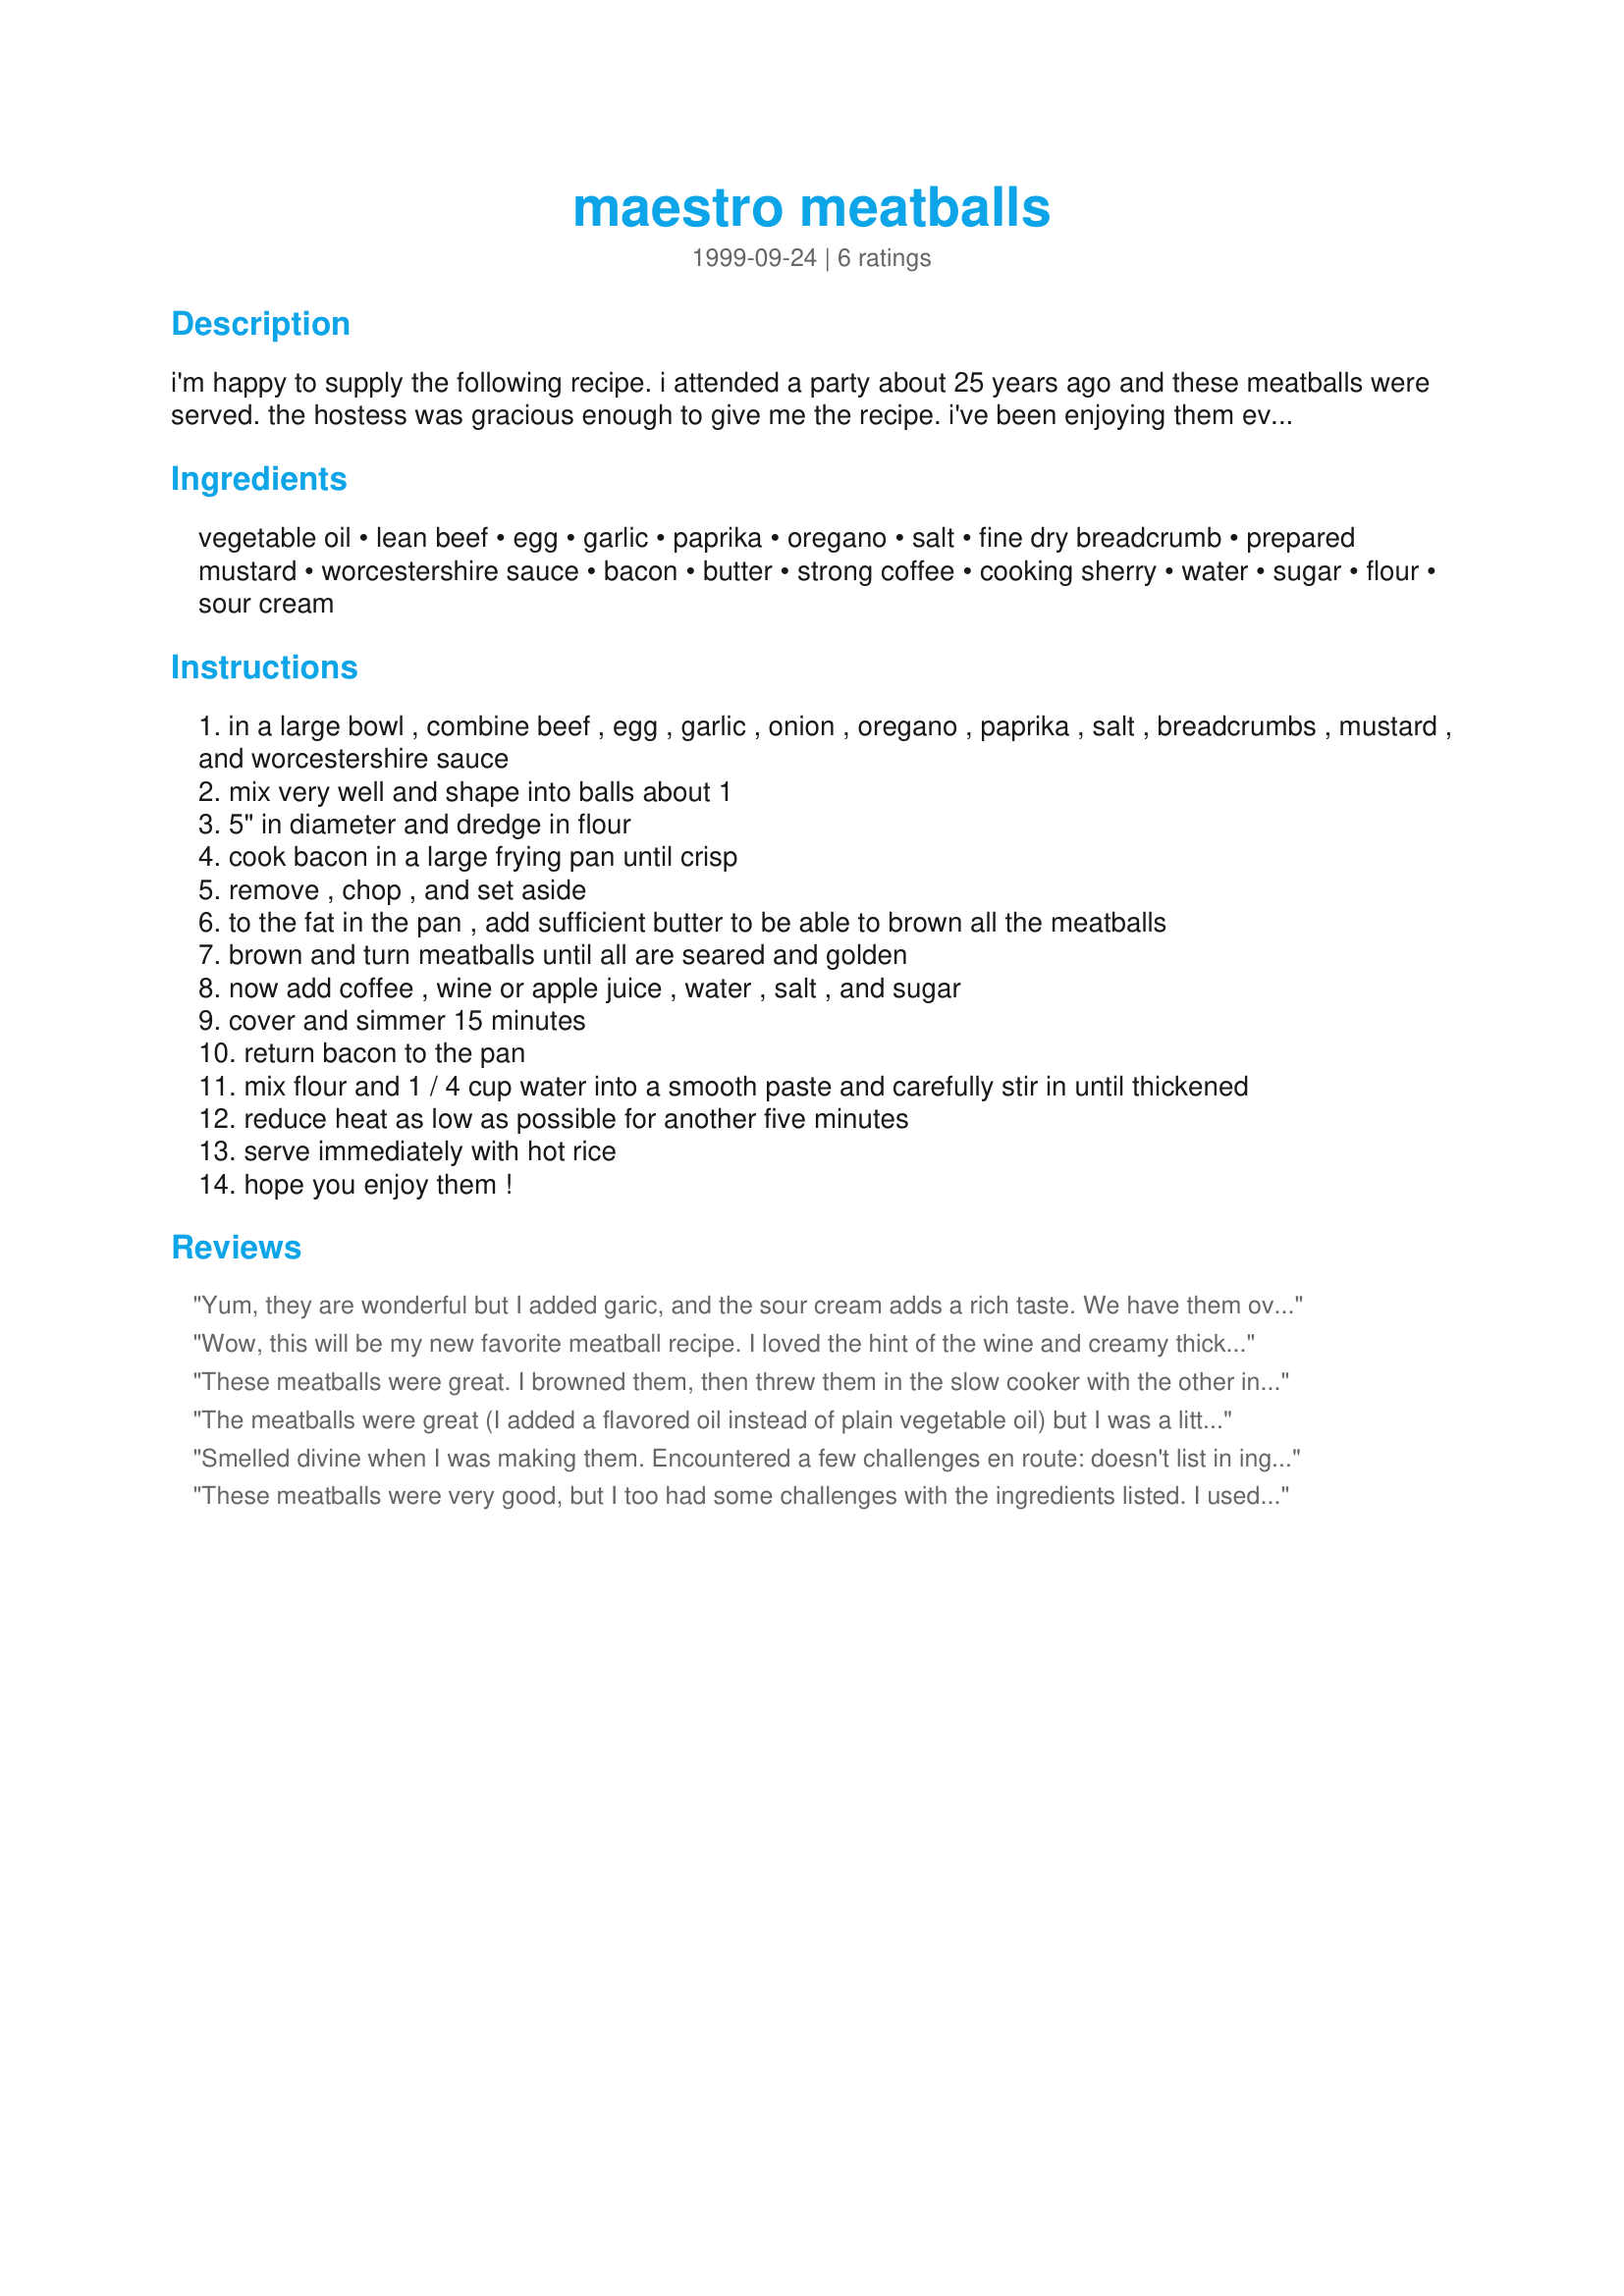
maestro meatballs
Preparation time: 0 minutes

i'm happy to supply the following recipe. i attended a party about 25 years ago and these meatballs were served. the hostess was gracious enough to give me the recipe. i've been enjoying them ever since. maestro meatballs make the heart sing

Ingredients:
vegetable oil, lean beef, egg, garlic, paprika, oregano, salt, fine dry breadcrumb, prepared mustard, worcestershire sauce, bacon, butter, strong coffee, cooking sherry, water, sugar, flour, sour cream

Steps:
in a large bowl , combine beef , egg , garlic , onion , oregano , paprika , salt , breadcrumbs , mustard , and worcestershire sauce
mix very well and shape into balls about 1
5" in diameter and dredge in flour
cook bacon in a large frying pan until crisp
remove , chop , and set aside
to the fat in the pan , add sufficient butter to be able to brown all the meatballs
brown and turn meatballs until all are seared and golden
now add coffee , wine or apple juice , water , salt , and sugar
cover and simmer 15 minutes
return bacon to the pan
mix flour and 1 / 4 cup water into a smooth paste and carefully stir in until thickened
reduce heat as low as possible for another five minutes
serve immediately with hot rice
hope you enjoy them !

Reviews:
Yum, they are wonderful but I added garic, and the sour cream adds a rich taste. We have them over noddles. Very EZ to make. Thanks
Wow, this will be my new favorite meatball recipe. I loved the hint of the wine and creamy thick gravy. Thanks so much for posting it. I took it to work for a potluck and everyone enjoyed them.
These meatballs were great. I browned them, then threw them in the slow cooker with the other ingredients for a couple of hours. They thickened on their own. I added the sour cream just before serving. I'll cut back a little on the salt in the sauce next time.
The meatballs were great (I added a flavored oil instead of plain vegetable oil) but I was a little disappointed in the sauce. I wasn't sure when to add the sour cream because the recipe doesn't say. I beat the sour cream in with the liquids, I think I should have taken another reviewer's suggestion and added right before serving. As someone else pointed out there is no measurement for onion in the ingredient list. I added 1/4 cup minced onion to the meatball mixture and was pleased with the amount if that helps anyone else.
Smelled divine when I was making them. Encountered a few challenges en route: doesn't list in ing. any onion, though it is listed in step 1. (Never one to pass up an onion, I chopped one finely, and even my onion-hating boy didn't notice.) Also, it doesn't state in the directions when to add the sour cream, so I played it safe, and served it dolloped on top. Didn't seem to taste quite right; maybe it was supposed to be added to the sauce at the end? Finally, 4 slices of bacon isn't nearly enough when they are sitting and staring at you, all cooked and chopped, daring you to nibble a little piece here and there. Now I managed to resist temptation (wasn't my fave bacon; that's why it's in a recipe), but my 2yo girl and dh both reduced the pile of bacon pcs to about 1/4 cup. Maybe instructions should include
These meatballs were very good, but I too had some challenges with the ingredients listed. I used about a 1/4 cup minced onion in the meatballs, and used a 1/2 cup Cabernet Sauvignon.The recipe did not say whether the coffee was to be brewed or instant so I used instant. I cut back on the Worcestershire sauce and only used 1 tsp. as my family and I are not bigs fans of it. I also used half ground round/half ground pork because it was what I had on hand. I think the pork might have made the contribution to the greasy gravy. I did add the sour cream to the gravy at the end, even though the recipe did not give an indication as to when to add this. I thought the meatballs wear a bit tough, but it might have been due to the meat mixture I had. The gravy was a bit salty so I will cut back on the salt next time as well. My family loved them. I served them over noodles. Nice recipe, but needs a bit of tweeking for next time.
